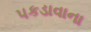
પકડાવાના